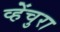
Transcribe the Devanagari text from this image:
व्हेंचुरा